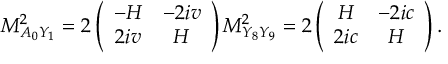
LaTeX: M _ { A _ { 0 } Y _ { 1 } } ^ { 2 } = 2 \left( \begin{array} { c c } { { - H } } & { { - 2 i v } } \\ { { 2 i v } } & { { H } } \end{array} \right) M _ { Y _ { 8 } Y _ { 9 } } ^ { 2 } = 2 \left( \begin{array} { c c } { { H } } & { { - 2 i c } } \\ { { 2 i c } } & { { H } } \end{array} \right) .